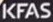
KFAS